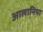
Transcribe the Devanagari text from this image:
आलानिया